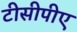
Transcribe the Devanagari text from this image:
टीसीपीए